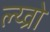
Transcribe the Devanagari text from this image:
ल्य्व्रो